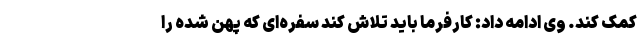
کمک کند. وی ادامه داد: کارفرما باید تلاش کند سفره‌ای که پهن شده را